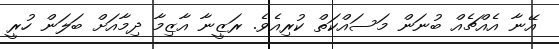
އޭނާ އެއްޗެއް ބުނަން މަސައްކަތް ކުރިއެވެ. ރަޒީނާ އާޒިމާ ދިމާއަށް ބަލަން ހުރީ